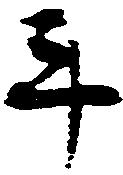
斗